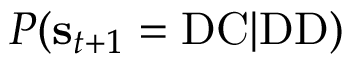
P ( \mathbf { s } _ { t + 1 } = \mathrm { D C } | \mathrm { D D } )